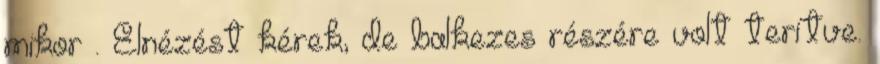
mikor . Elnézést kérek, de balkezes részére volt terítve.